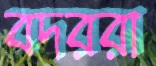
বদররা